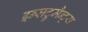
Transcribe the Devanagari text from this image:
इन्सट्रुमैन्ट्स